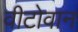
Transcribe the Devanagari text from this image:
वीटोवान